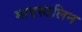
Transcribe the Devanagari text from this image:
माएस्टलिन